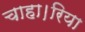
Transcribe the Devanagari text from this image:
चाहा।रिया